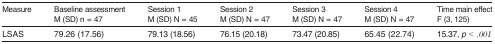
<table><thead><tr><td><b>Measure</b></td><td><b>Baseline assessmentM (SD) n = 47</b></td><td><b>Session 1M (SD) N = 45</b></td><td><b>Session 2M (SD) N = 47</b></td><td><b>Session 3M (SD) N = 47</b></td><td><b>Session 4M (SD) N = 47</b></td><td><b>Time main effectF (3, 125)</b></td></tr></thead><tbody><tr><td>LSAS</td><td>79.26 (17.56)</td><td>79.13 (18.56)</td><td>76.15 (20.18)</td><td>73.47 (20.85)</td><td>65.45 (22.74)</td><td>15.37, <i>p</i> &lt; <i>.001</i></td></tr></tbody></table>